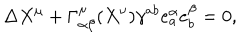
\Delta X ^ { \mu } + \Gamma _ { \alpha \beta } ^ { \mu } ( X ^ { \nu } ) \gamma ^ { a b } e _ { a } ^ { \alpha } e _ { b } ^ { \beta } = 0 ,